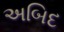
અબિદ